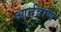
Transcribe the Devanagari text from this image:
आर्तत्राण